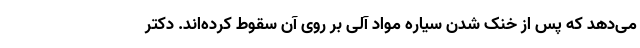
می‌دهد که پس از خنک شدن سیاره مواد آلی بر روی آن سقوط کرده‌اند. دکتر